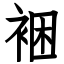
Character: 裍